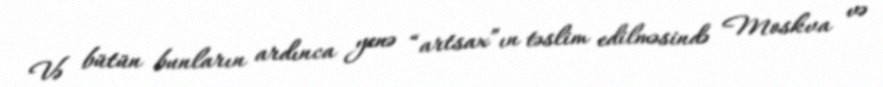
Və bütün bunların ardınca yenə “artsax”ın təslim edilməsində Moskva və